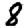
Digit: 8